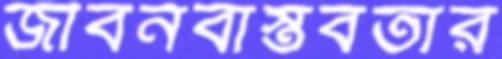
জীবনবাস্তবতার